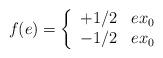
LaTeX: \begin{align*}f(e) = \left\{\begin{array}{ll}+1/2 & e x_0\\-1/2 & e x_0\\\end{array} \right.\end{align*}